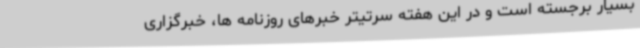
بسیار برجسته است و در این‌ هفته سرتیتر خبرهای روزنامه ها، خبرگزاری